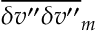
\overline { { { \delta v ^ { \prime \prime } \delta v ^ { \prime \prime } } } } _ { m }